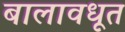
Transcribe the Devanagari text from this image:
बालावधूत